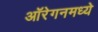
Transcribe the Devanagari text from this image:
ऑरेगनमध्ये